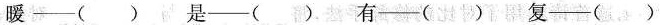
暖——（）是——（）有——（）复音——（）